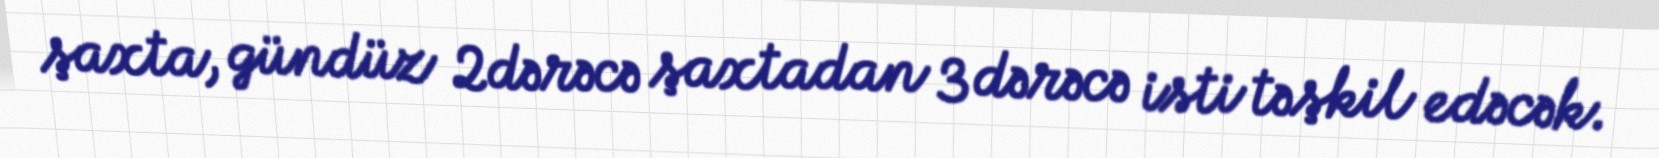
şaxta, gündüz 2dərəcə şaxtadan 3 dərəcə isti təşkil edəcək.